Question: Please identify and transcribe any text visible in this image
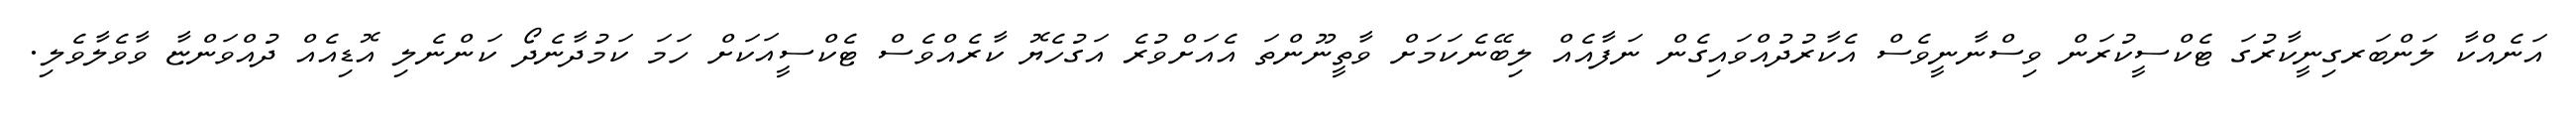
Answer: އަނެއްކާ ލަންބަރގިނީކާރުގަ ޓެކްސީކުރަން ވިސްނާނީވެސް އެކާރުދުއްވައިގެން ނަފާއެއް ލިބޭނެކަމަށް ވާތީނޫންތަ އެއަށްވުރެ އަގުހެޔޮ ކާރެއްވެސް ޓެކްސީއަކަށް ހަމަ ކަމުދާނެދޯ ކަންނެލި އޮޑިއެއް ދުއްވަންޏާ ވާވެލާވެލި.